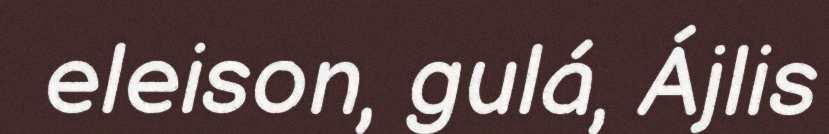
eleison, gulá, Ájlis